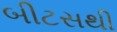
બીટસથી